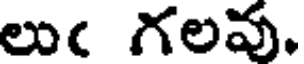
లుఁ గలవు.